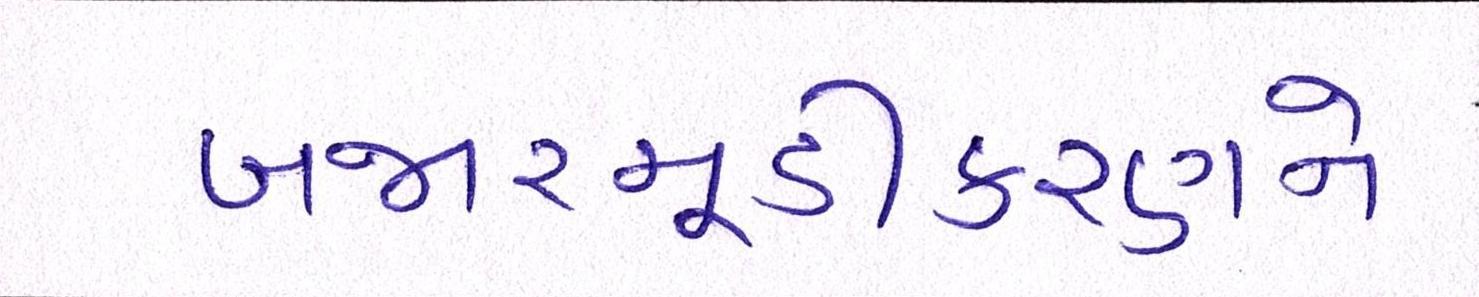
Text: બજારમૂડીકરણને